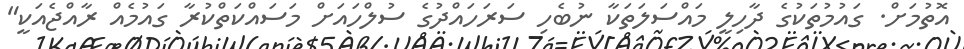
އޮތުމަށް. ގައުމުތަކުގެ ދާހިލީ މައްސަލަތަކާ ނުބެހި ސަރަހައްދުގެ ސުލްހައަަށް މަސައްކަތްކުރާ ގައުމެއް ރާއްޖެއަކީ"